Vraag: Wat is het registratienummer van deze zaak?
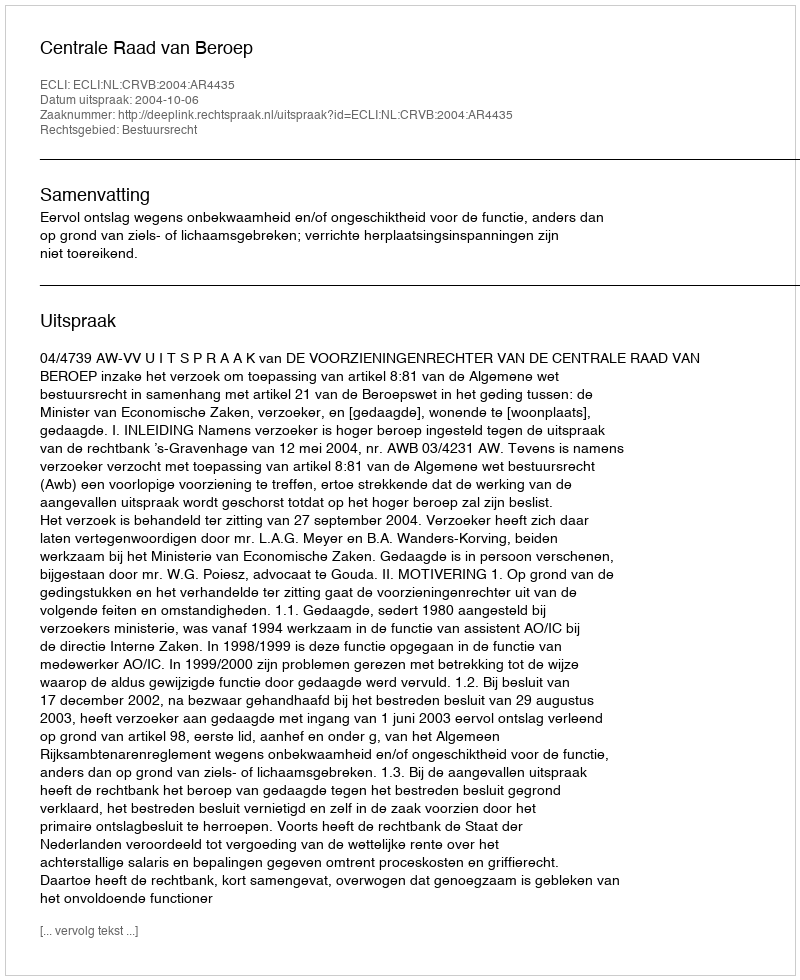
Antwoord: http://deeplink.rechtspraak.nl/uitspraak?id=ECLI:NL:CRVB:2004:AR4435